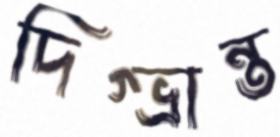
দিগ্ভ্রান্ত